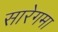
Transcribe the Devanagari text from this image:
सारेगमा